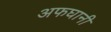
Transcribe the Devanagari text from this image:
अफघानी